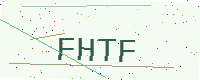
Text: FHTF